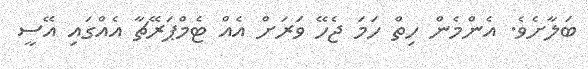
ބަލާށެވެ. އެންމެން ހިތް ހަމަ ޖެހޭ ވަރަށް އެއް ޓެމްޕަރޭޗާ އެއްގައި އޭސީ